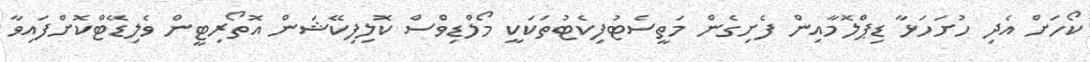
ކޯހަށް އެދި ހުށަހަޅާ ޑިޕްލޮމާއިން ފެށިގެން މަތީސެޓުފިކެޓުތަކަކީ މޯލްޑިވްސް ކޮލިފިކޭޝަން އޮތޯރިޓީން ވެލިޑޭޓްކޮށްފައިވާ